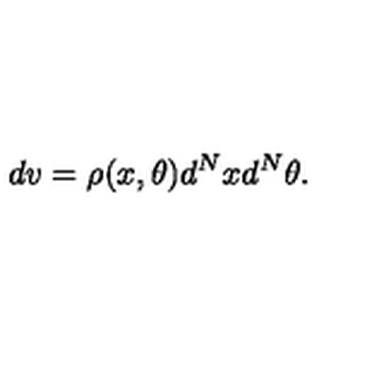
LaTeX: d v = \rho ( x , \theta ) d ^ { N } x d ^ { N } \theta .